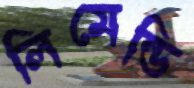
লিমেন্ডি